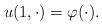
LaTeX: \begin{align*}u(1,\cdot)=\varphi(\cdot).\end{align*}